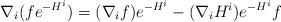
LaTeX: \begin{align*}\nabla_i (f e^{-H^i}) = (\nabla_i f) e^{-H^i} - (\nabla_i H^i) e^{-H^i} f\end{align*}